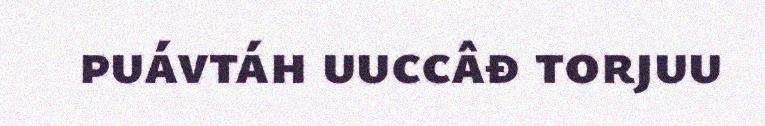
puávtáh uuccâđ torjuu